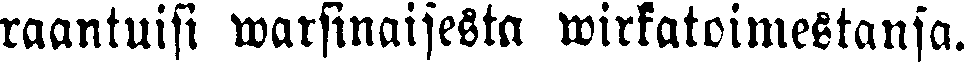
raantuisi warsinaisesta wirkatoimestansa.